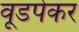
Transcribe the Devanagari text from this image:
वूडपेकर